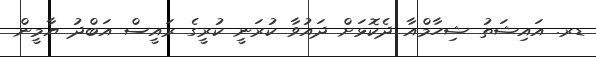
ޑރ. އައިޝަތު ޝިހާމްއާ ދެކޮޅަށް ދައުވާ ކުރަނީ ކުރީގެ ރައީސް އަބްދު ޔާމީން